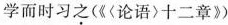
学而时习之（《〈论语〉十二章》）